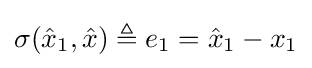
\sigma ({\hat {x}}_{1},{\hat {x}})\triangleq e_{1}={\hat {x}}_{1}-x_{1}